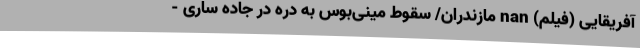
آفریقایی (فیلم) nan مازندران/ سقوط مینی‌بوس به دره در جاده ساری -